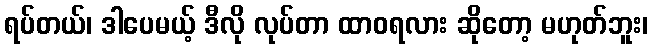
ရပ်တယ်၊ ဒါပေမယ့် ဒီလို လုပ်တာ ထာဝရလား ဆိုတော့ မဟုတ်ဘူး၊